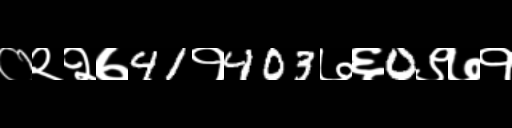
Text: ०२२७41१403७६0९७१